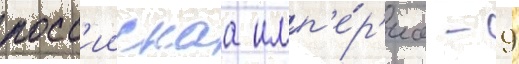
росс'иискаа имп'е́р'иа - 9